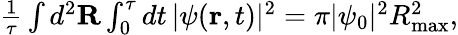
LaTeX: \begin{array}{r}{\frac{1}{\tau}\int d^{2}{\mathbf R}\int_{0}^{\tau}dt\, |\psi({\mathbf r},t)|^{2}=\pi|\psi_{0}|^{2}R_{\mathrm{max}}^{2},}\end{array}